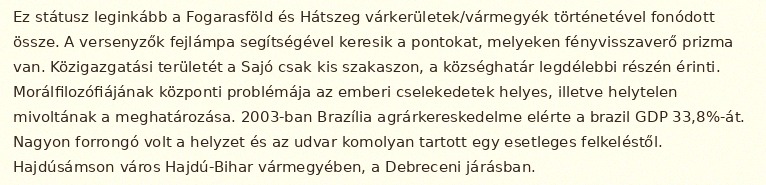
Ez státusz leginkább a Fogarasföld és Hátszeg várkerületek/vármegyék történetével fonódott össze. A versenyzők fejlámpa segítségével keresik a pontokat, melyeken fényvisszaverő prizma van. Közigazgatási területét a Sajó csak kis szakaszon, a községhatár legdélebbi részén érinti. Morálfilozófiájának központi problémája az emberi cselekedetek helyes, illetve helytelen mivoltának a meghatározása. 2003-ban Brazília agrárkereskedelme elérte a brazil GDP 33,8%-át. Nagyon forrongó volt a helyzet és az udvar komolyan tartott egy esetleges felkeléstől. Hajdúsámson város Hajdú-Bihar vármegyében, a Debreceni járásban.